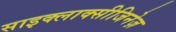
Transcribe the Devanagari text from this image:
साइक्लाक्सीजिनेज़